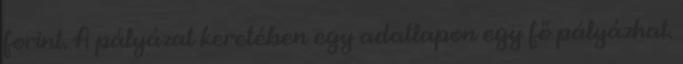
forint. A pályázat keretében egy adatlapon egy fő pályázhat.